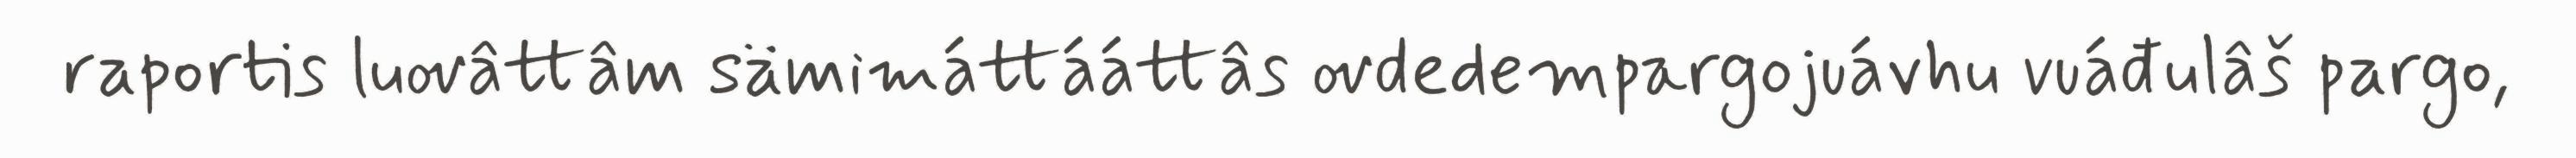
raportis luovâttâm sämimáttááttâs ovdedempargojuávhu vuáđulâš pargo,